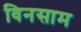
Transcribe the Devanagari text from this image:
विनसाम